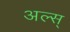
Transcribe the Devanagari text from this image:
अल्स्